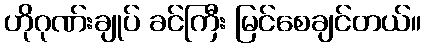
ဟိုဂုဏ်းချုပ် ခင်ကြီး မြင်စေချင်တယ်။